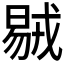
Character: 𣉝